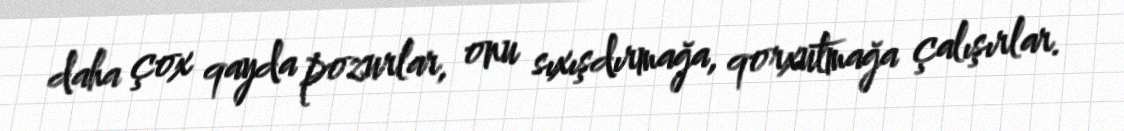
daha çox qayda pozurlar, onu sıxışdırmağa, qorxutmağa çalışırlar.